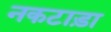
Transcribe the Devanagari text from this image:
नकटाड़ा